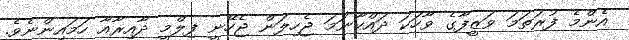
އެންމެ ފުރަތަމަ ވަޒީފާގެ ވާހަކަ ދައްކާނަމަ ޖެހިލަން ޖެހޭނީ ފިލްމީ ދާއިރާއާ ހަމައިންނެވެ.